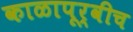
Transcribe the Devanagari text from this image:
काळापूर्वीच